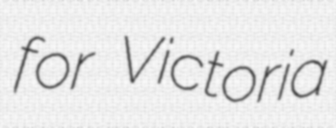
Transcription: for Victoria